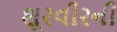
શૂરવીરની